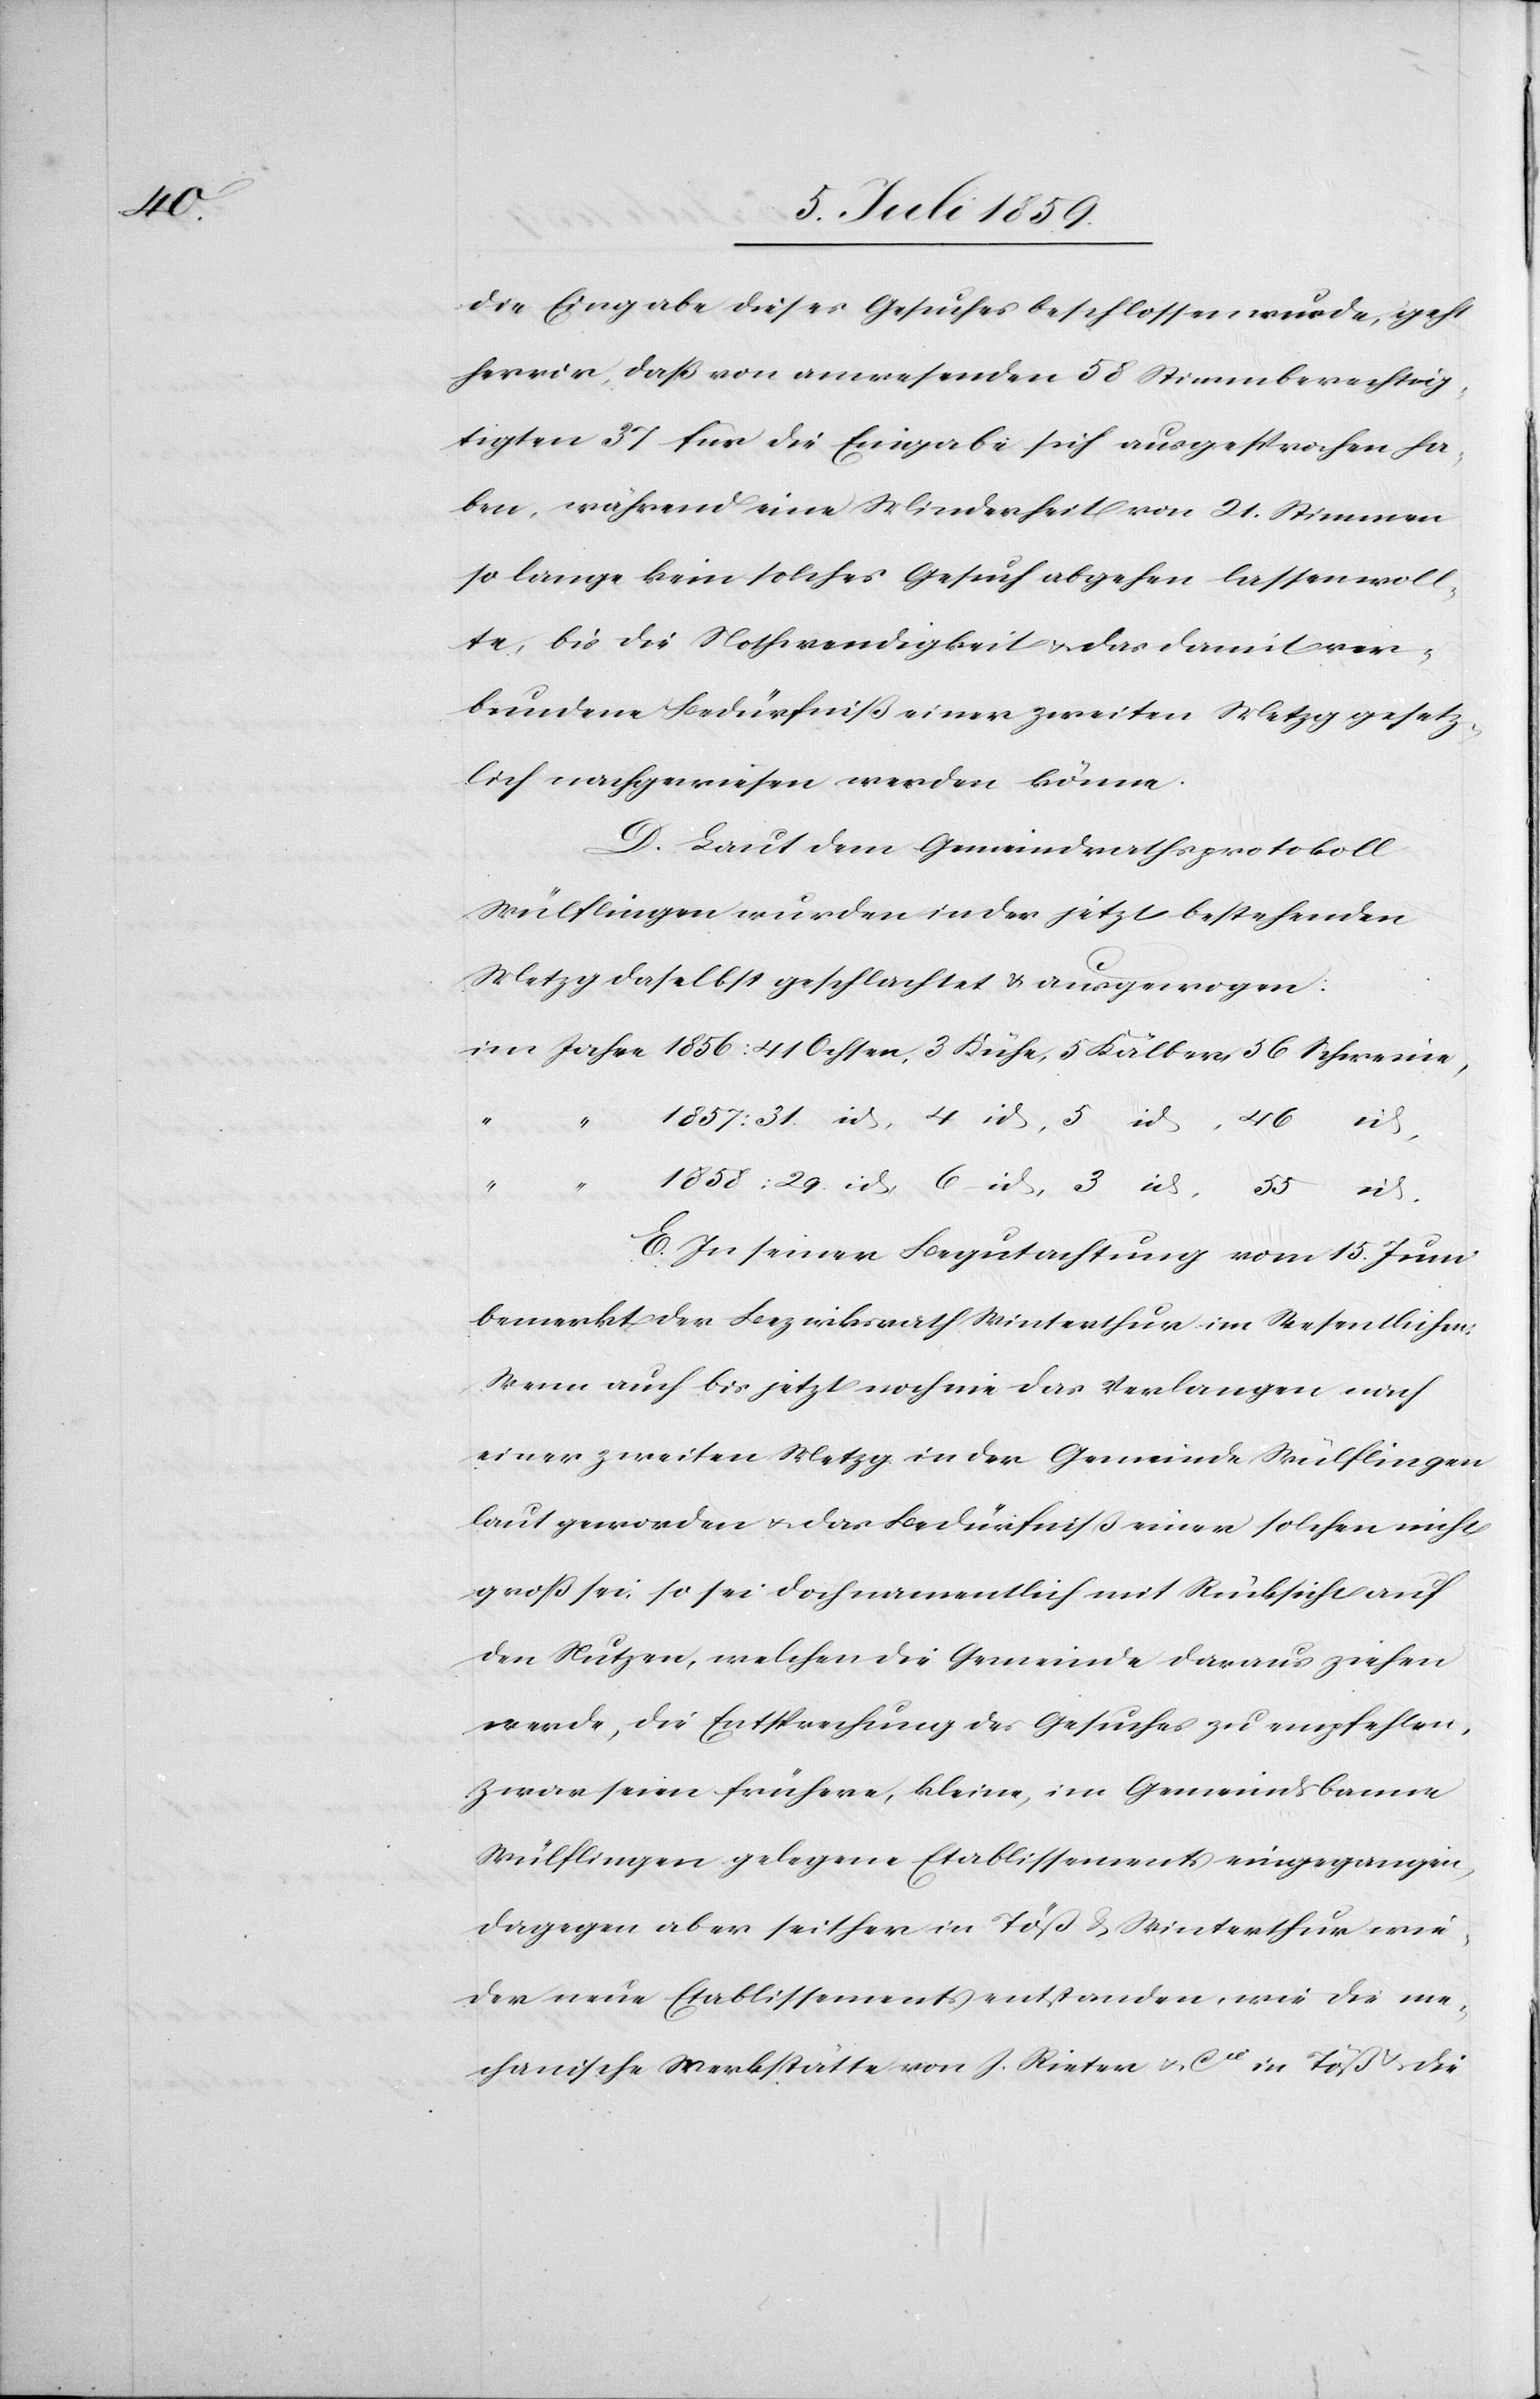
46

die Eingabe dieses Gesuches beschlossen wurde, geht
hervor, daß von anwesenden 58 Stimmberecht¬
igten 37 für die Eingabe sich ausgesprochen ha¬
ben, während eine Minderheit von 21. Stimmen
so lange kein solches Gesuch abgehen lassen woll¬
te, bis die Nothwendigkeit u. das damit ver¬
bundene Bedürfniß einer zweiten Metzg gesetz¬
lich nachgewiesen werden könne.
D. Laut dem Gemeindrathsprotokoll
Wülflingen wurden in der jetzt bestehenden
Metzg daselbst geschlachtet u. ausgewogen:
“
4
E. In seiner Begutachtung vom 15. Juni
bemerkt der Bezirksrath Winterthur im Wesentlichen:
Wenn auch bis jetzt noch nie das Verlangen nach
einer zweiten Metzg in der Gemeinde Wülflingen
laut geworden u. das Bedürfniß einer solchen nicht
groß sei, so sei doch namentlich mit Rücksicht auf
den Nutzen, welchen die Gemeinde daraus ziehen
werde, die Entsprechung des Gesuches zu empfehlen,
zwar seien frühere, kleine, im Gemeindsbanne
Wülflingen gelegene Etablissements eingegangen,
dagegen aber seither in Töß u. Winterthur wie¬
der neue Etablissements entstanden, wie die me¬
chanische Werkstätte von J. Rieter & Cie. in Töß u. die